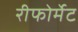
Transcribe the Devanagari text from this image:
रीफोर्मेट